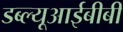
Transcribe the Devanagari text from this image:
डब्ल्यूआईबीबी